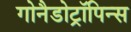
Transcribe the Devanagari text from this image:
गोनैडोट्रॉपिन्स